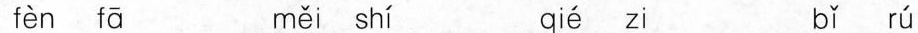
fèn fā měi shí qié zi bǐ rú